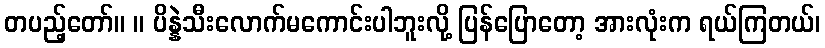
တပည့်တော်။ ။ ပိန္နဲသီးလောက်မကောင်းပါဘူးလို့ ပြန်ပြောတော့ အားလုံးက ရယ်ကြတယ်၊